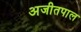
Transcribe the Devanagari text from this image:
अजीतपाल